Sketch of the medical history of the native army of Bombay, for the year
Year: 1870
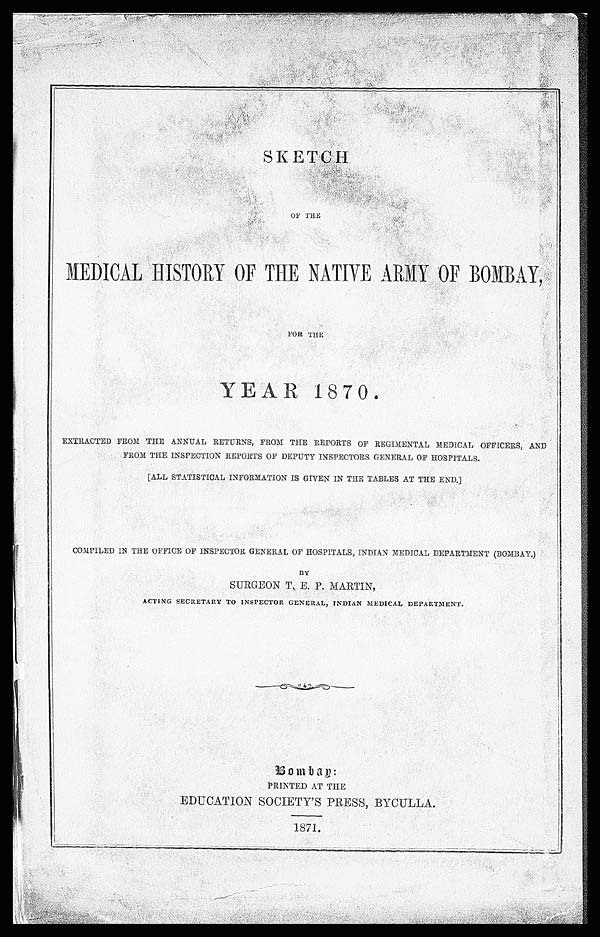
SKETCH
OF THE
MEDICAL HISTORY OF THE NATIVE ARMY OF BOMBAY,
FOR THE
YEAR 1870.
EXTRACTED FROM THE ANNUAL RETURNS, FROM THE REPORTS OF REGIMENTAL MEDICAL OFFICERS, AND
FROM THE INSPECTION REPORTS OF DEPUTY INSPECTORS GENERAL OF HOSPITALS.
[ALL STATISTICAL INFORMATION IS GIVEN IN THE TABLES AT THE END.]
COMPILED IN THE OFFICE OF INSPECTOR GENERAL OF HOSPITALS, INDIAN MEDICAL DEPARTMENT (BOMBAY.)
BY
SURGEON T. E. P. MARTIN,
ACTING SECRETARY TO INSPECTOR GENERAL, INDIAN MEDICAL DEPARTMENT.
Bombay:
PRINTED AT THE
EDUCATION SOCIETY'S PRESS, BYCULLA.
1871.